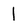
Character: 1